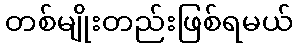
တစ်မျိုးတည်းဖြစ်ရမယ်